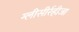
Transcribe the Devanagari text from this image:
ग्‍लीसीर्रहीजा